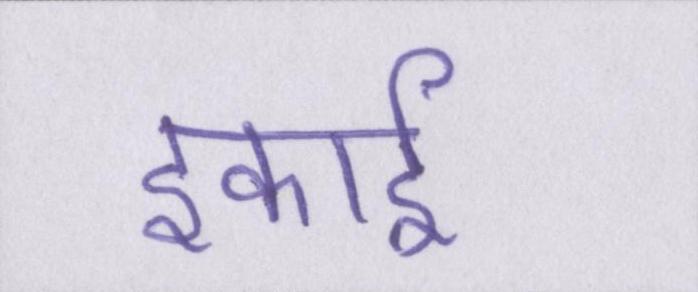
इकाई